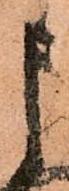
申